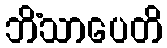
ဘိံသာပေတိ